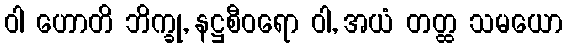
ဝါ ဟောတိ ဘိက္ခု, နဋ္ဌစီဝရော ဝါ, အယံ တတ္ထ သမယော